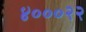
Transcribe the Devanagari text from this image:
४०००२२